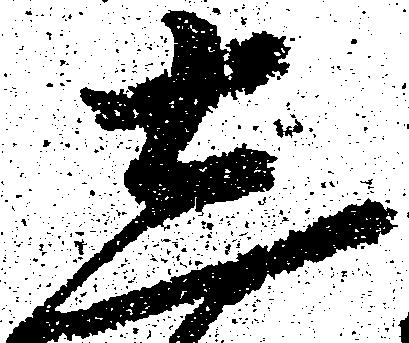
し